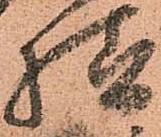
様